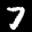
Label: 7